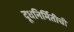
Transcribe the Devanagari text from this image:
दूधनिर्मितीची